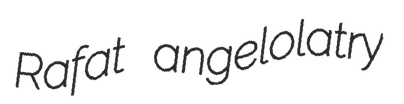
Rafat angelolatry